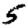
Digit: 5